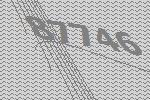
87746